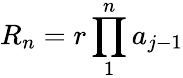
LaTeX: R_{n}={r\prod_{1}^{n}a_{j-1}}